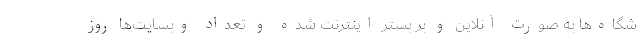
شگاه‌ها به صورت آنلاین و بر بستر اینترنت شده و تعداد وبسایت‌ها روز